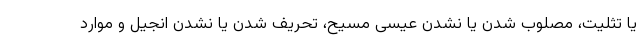
یا تثلیت، مصلوب شدن یا نشدن عیسی مسیح، تحریف شدن یا نشدن انجیل و موارد